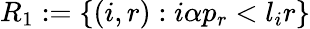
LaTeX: R_{1}:=\{ (i,r):i\alpha p_{r}<l_{i}r\}